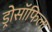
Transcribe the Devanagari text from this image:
ड्रोसॉफिला